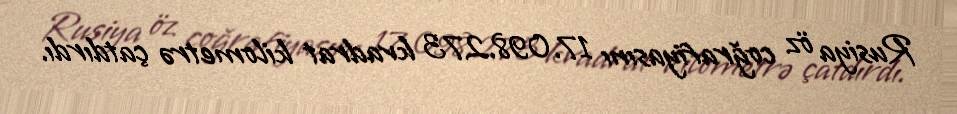
Rusiya öz coğrafiyasını 17.098.273 kvadrat kilometrə çatdırdı.